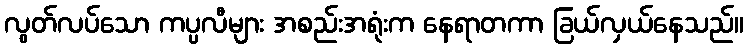
လွတ်လပ်သော ကပ္ပလီများ အစည်းအရုံးက နေရာတကာ ခြယ်လှယ်နေသည်။